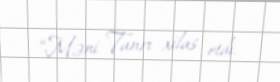
“Məni Tanrı xilas etdi.